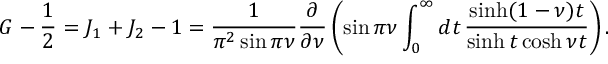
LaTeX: G - { \frac { 1 } { 2 } } = J _ { 1 } + J _ { 2 } - 1 = \frac { 1 } { \pi ^ { 2 } \sin \pi \nu } \frac { \partial } { \partial \nu } \left( \sin \pi \nu \int _ { 0 } ^ { \infty } d t \, \frac { \sinh ( 1 - \nu ) t } { \sinh t \cosh \nu t } \right) .